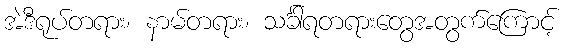
အဲဒီရုပ်တရား၊ နာမ်တရား၊ သင်္ခါရတရားတွေအတွက်ကြောင့်